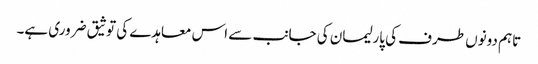
تاہم دونوں طرف کی پارلیمان کی جانب سے اس معاہدے کی توثیق ضروری ہے۔